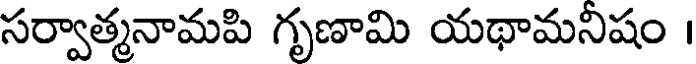
సర్వాత్మనామపి గృణామి యథామనిషం ।